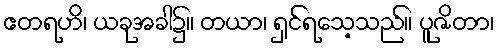
ဧတရဟိ၊ ယခုအခါ၌။ တယာ၊ ရှင်ရသေ့သည်။ ပူဇိတာ၊